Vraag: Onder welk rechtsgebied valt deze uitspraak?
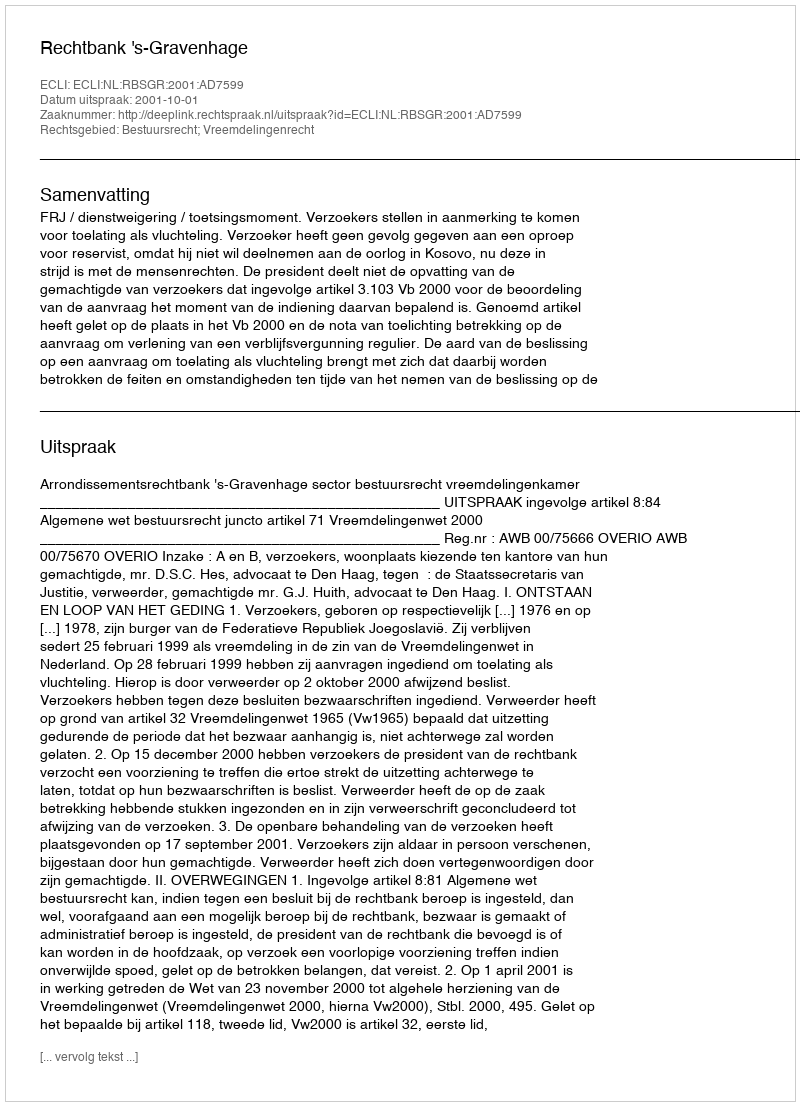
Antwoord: Bestuursrecht; Vreemdelingenrecht